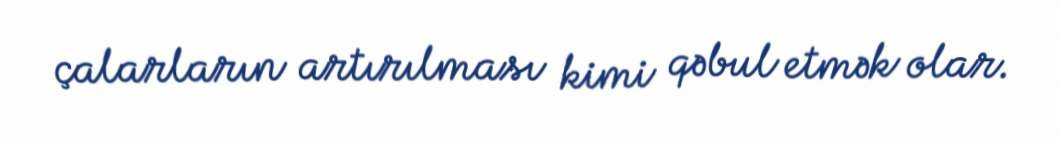
çalarların artırılması kimi qəbul etmək olar.